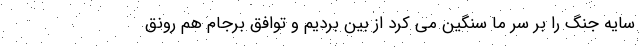
سایه جنگ را بر سر ما سنگین می کرد از بین بردیم و توافق برجام هم رونق